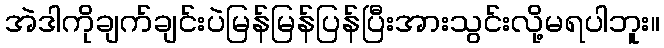
အဲဒါကိုချက်ချင်းပဲမြန်မြန်ပြန်ပြီးအားသွင်းလို့မရပါဘူး။